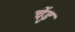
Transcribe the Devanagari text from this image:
चेंडु